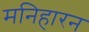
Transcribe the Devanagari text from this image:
मनिहारन